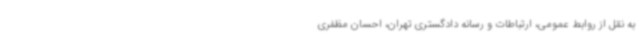
به نقل از روابط عمومی، ارتباطات و رسانه دادگستری تهران، احسان مظفری